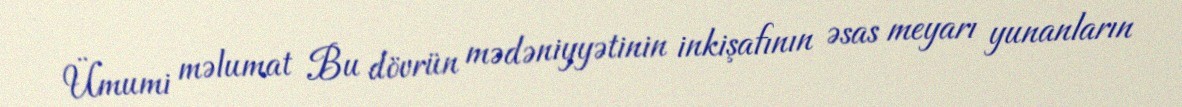
Ümumi məlumat Bu dövrün mədəniyyətinin inkişafının əsas meyarı yunanların